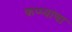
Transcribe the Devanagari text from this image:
कप्प्यांचा